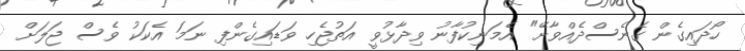
ހޯދައިގެން ގެނެސްދެއްވާށޭ" އެމަނިކުފާނު ވިދާޅުވީ އަތުޖެހި ވަޑައިގެންފި ނަމަ އެކަކު ވެސް ޖަލަށް